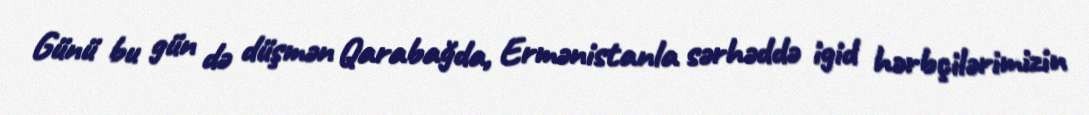
Günü bu gün də düşmən Qarabağda, Ermənistanla sərhəddə igid hərbçilərimizin